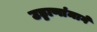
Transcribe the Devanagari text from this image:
उड्डाणांमागे